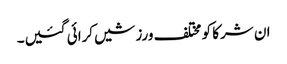
ان شرکا کو مختلف ورزشیں کرائی گئیں۔